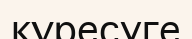
күресуге